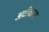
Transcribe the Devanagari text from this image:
अटीवरच